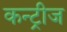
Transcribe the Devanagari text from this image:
कन्ट्रीज